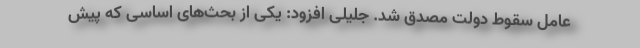
عامل سقوط دولت مصدق شد. جلیلی افزود: یکی از بحث‌‌های اساسی که پیش